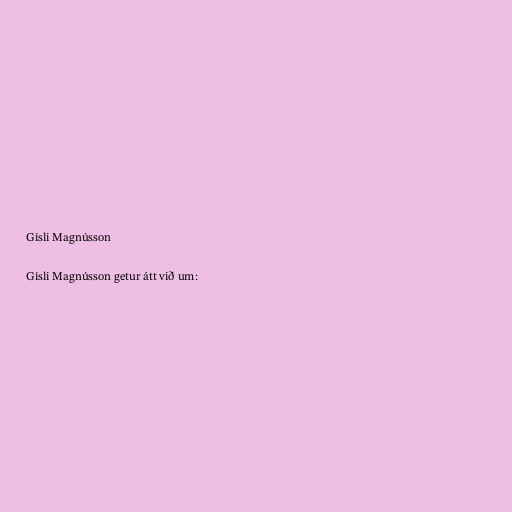
Gísli Magnússon

Gísli Magnússon getur átt við um: